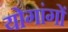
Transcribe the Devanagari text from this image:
योगांगों